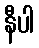
နီပါ